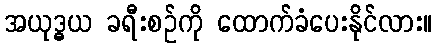
အယုဒ္ဓယ ခရီးစဉ်ကို ထောက်ခံပေးနိုင်လား။